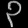
Digit: ၃